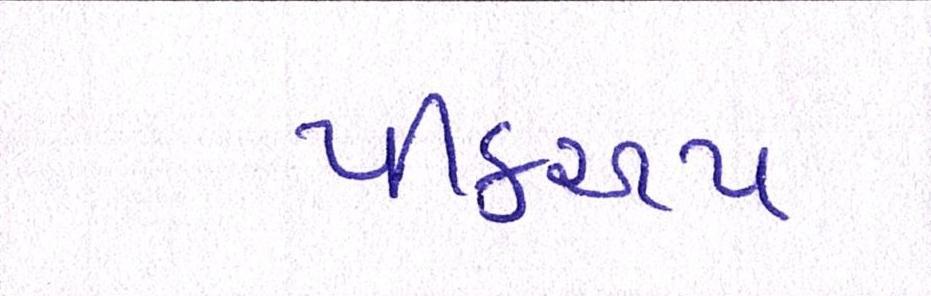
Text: પીકઅપ